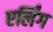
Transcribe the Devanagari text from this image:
एर्लिंग